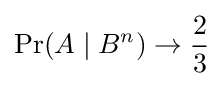
\Pr(A\mid B^{n})\to {\frac {2}{3}}